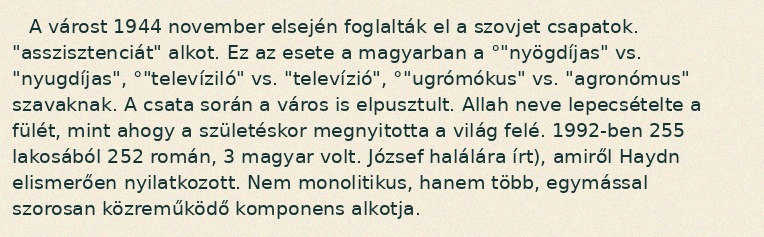
A várost 1944 november elsején foglalták el a szovjet csapatok. "asszisztenciát" alkot. Ez az esete a magyarban a °"nyögdíjas" vs. "nyugdíjas", °"televíziló" vs. "televízió", °"ugrómókus" vs. "agronómus" szavaknak. A csata során a város is elpusztult. Allah neve lepecsételte a fülét, mint ahogy a születéskor megnyitotta a világ felé. 1992-ben 255 lakosából 252 román, 3 magyar volt. József halálára írt), amiről Haydn elismerően nyilatkozott. Nem monolitikus, hanem több, egymással szorosan közreműködő komponens alkotja.